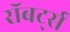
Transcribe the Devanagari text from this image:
रॉबर्ट्‍स